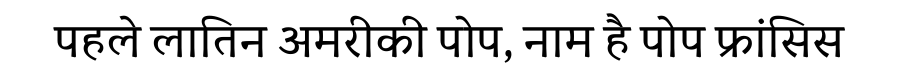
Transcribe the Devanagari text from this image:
पहले लातिन अमरीकी पोप, नाम है पोप फ्रांसिस